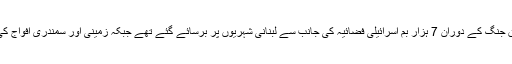
رپورٹ کے مطابق جنگ کے دوران 7 ہزار بم اسرائیلی فضائیہ کی جانب سے لبنانی شہریوں پر برسائے گئے تھے جبکہ زمینی اور سمندری افواج کی بمباری الگ ہے۔